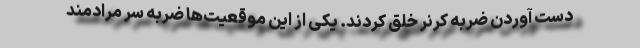
دست آوردن ضربه کرنر خلق کردند. یکی از این موقعیت‌ها ضربه سر مرادمند